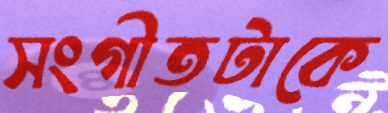
সংগীতটাকে